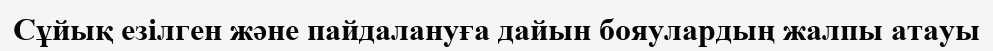
Cұйық езілген және пайдалануға дайын бояулардың жалпы атауы